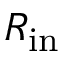
R _ { \mathrm { i n } }